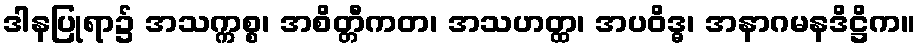
ဒါနပြုရာ၌ အသက္ကစ္စ၊ အစိတ္တီကတ၊ အသဟတ္ထ၊ အပဝိဒ္ဓ၊ အနာဂမနဒိဋ္ဌိက။